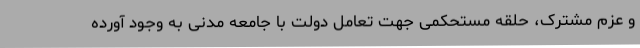
و عزم مشترک، حلقه مستحکمی جهت تعامل دولت با جامعه مدنی به وجود آورده